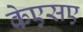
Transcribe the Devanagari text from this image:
केएसए